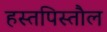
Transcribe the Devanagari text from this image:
हस्तपिस्तौल